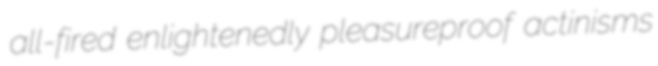
all-fired enlightenedly pleasureproof actinisms